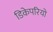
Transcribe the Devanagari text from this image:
डिकेपरियो